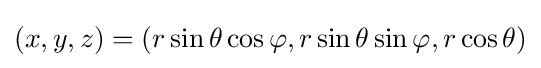
(x,y,z)=(r\sin \theta \cos \varphi ,r\sin \theta \sin \varphi ,r\cos \theta )